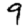
Digit: 9